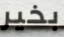
بخير